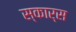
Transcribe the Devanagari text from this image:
स्कार्स